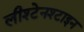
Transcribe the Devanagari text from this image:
लीश्टेनश्टाइन